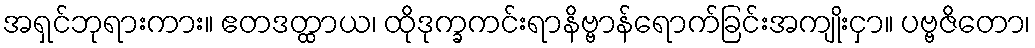
အရှင်ဘုရားကား။ ဧတဒတ္ထာယ၊ ထိုဒုက္ခကင်းရာနိဗ္ဗာန်ရောက်ခြင်းအကျိုးငှာ။ ပဗ္ဗဇိတော၊